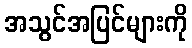
အသွင်အပြင်များကို